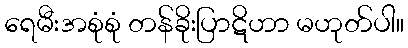
ရေမီးအစုံစုံ တန်ခိုးပြာဋိဟာ မဟုတ်ပါ။